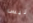
ليس